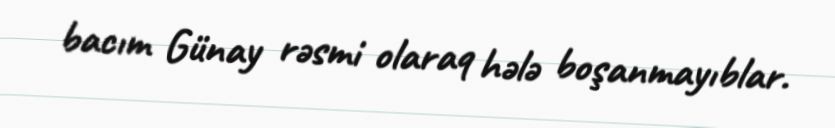
bacım Günay rəsmi olaraq hələ boşanmayıblar.